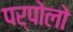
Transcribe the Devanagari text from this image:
पर्पोलो